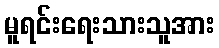
မူရင်းရေးသားသူအား